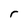
Character: r